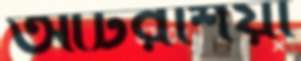
আটরশিয়া